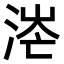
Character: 𣶟